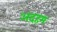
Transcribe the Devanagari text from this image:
अदहम